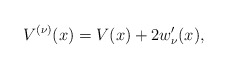
\begin{align*} V^{( \nu) }(x)=V(x)+2w_{\nu }^{\prime }(x), \end{align*}